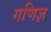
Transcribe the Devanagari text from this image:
गणिज्ञ